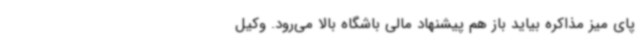
پای میز مذاکره بیاید باز هم پیشنهاد مالی‌ باشگاه بالا می‌رود. وکیل